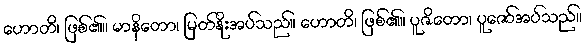
ဟောတိ၊ ဖြစ်၏။ မာနိတော၊ မြတ်နိုးအပ်သည်။ ဟောတိ၊ ဖြစ်၏။ ပူဇိတော၊ ပူဇော်အပ်သည်။